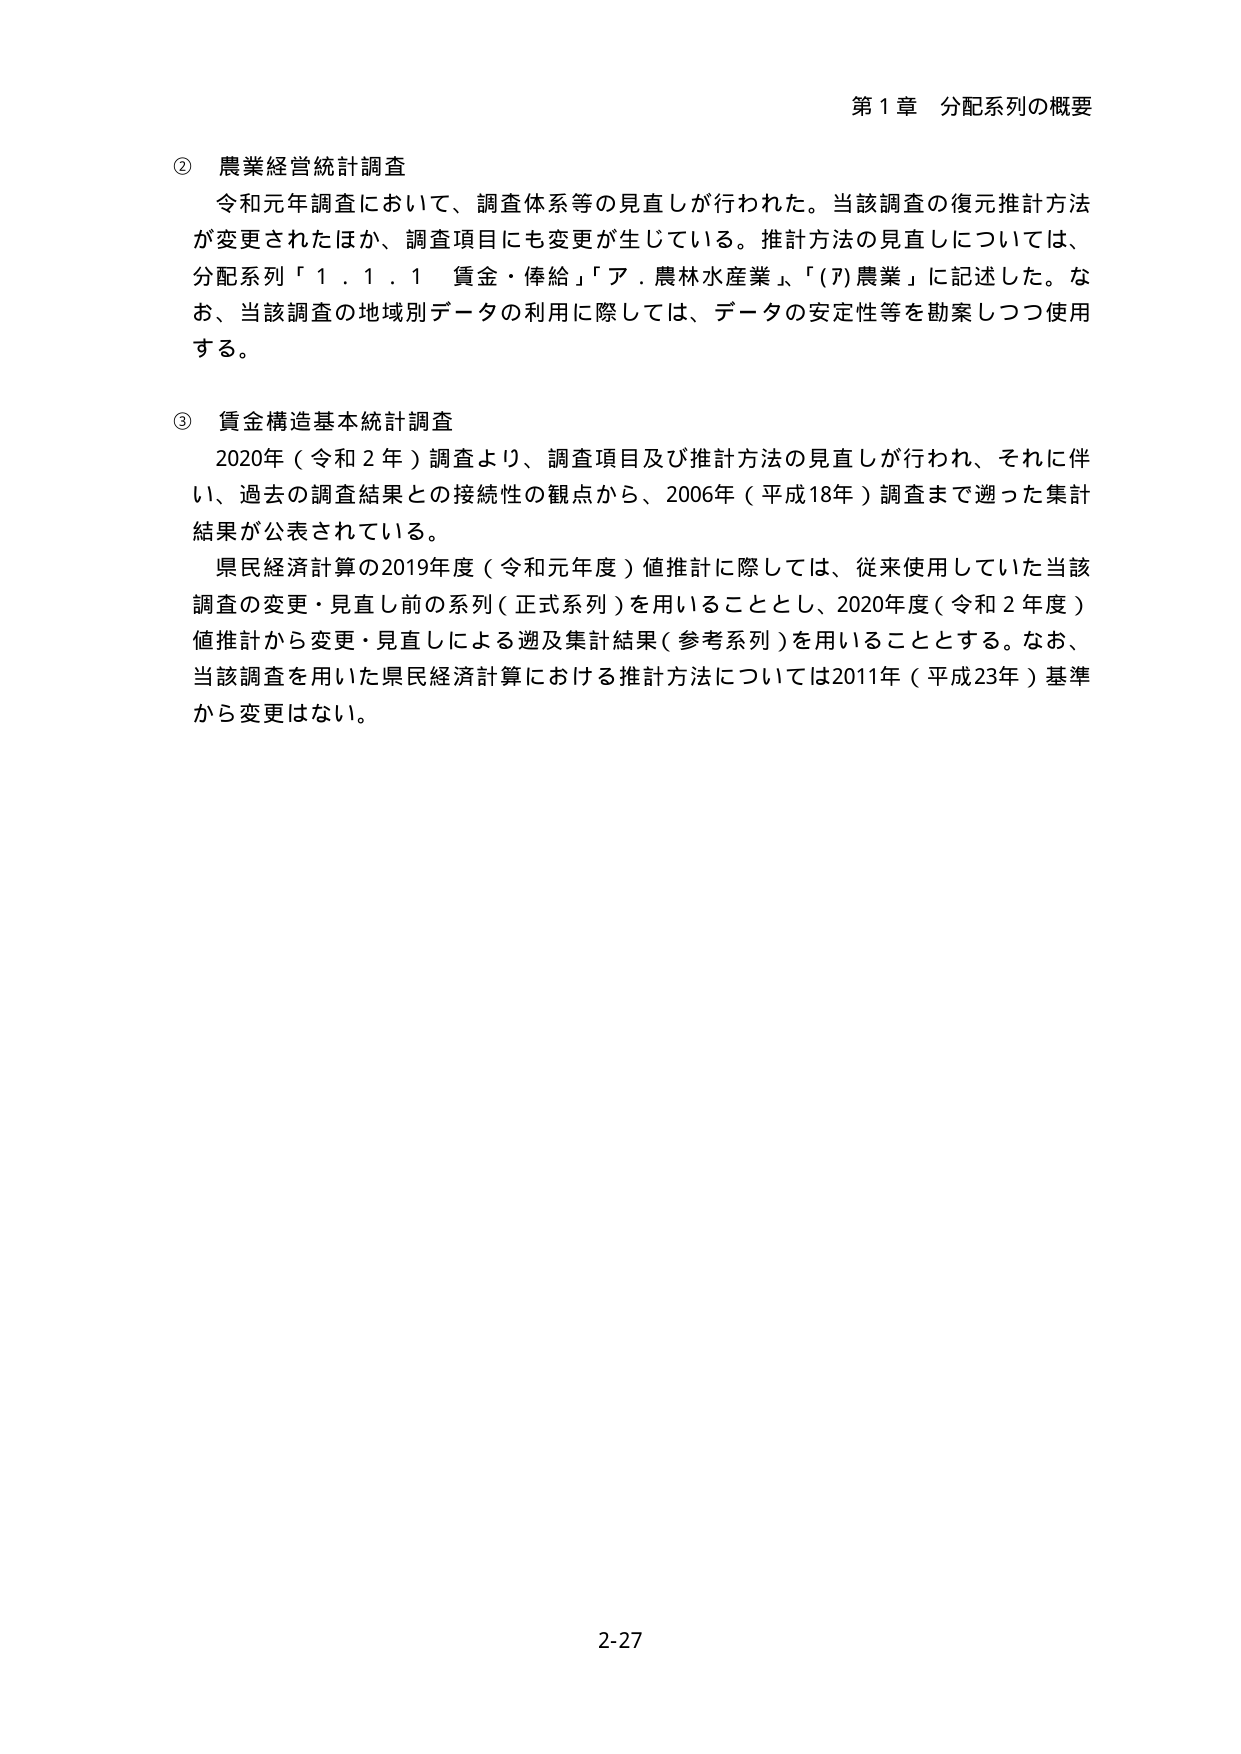
第１章 分配系列の概要

② 農業経営統計調査
令和元年調査において、調査体系等の見直しが行われた。当該調査の復元推計方法が変更されたほか、調査項目にも変更が生じている。推計方法の見直しについては、分配系列「１．１．１ 賃金・俸給」「ア．農林水産業」、「(ｱ)農業」に記述した。なお、当該調査の地域別データの利用に際しては、データの安定性等を勘案しつつ使用する。

③ 賃金構造基本統計調査
2020年（令和２年）調査より、調査項目及び推計方法の見直しが行われ、それに伴い、過去の調査結果との接続性の観点から、2006年（平成18年）調査まで遡った集計結果が公表されている。
県民経済計算の2019年度（令和元年度）値推計に際しては、従来使用していた当該調査の変更・見直し前の系列（正式系列）を用いることとし、2020年度（令和２年度）値推計から変更・見直しによる遡及集計結果（参考系列）を用いることとする。なお、当該調査を用いた県民経済計算における推計方法については2011年（平成23年）基準から変更はない。

2-27